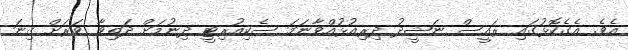
އެވެ. އެގެކޮޅުގައި ރައީސް ނަޝީދު ދިރިއުޅުއްވާނަމަ ސެކިއުރިޓީ ދިނުމަށް ދަތިވާ ވަރަށް ގިނަ